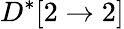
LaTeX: D^{*}[2\rightarrow 2]